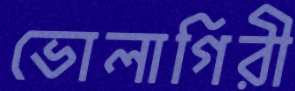
ভোলাগিরী